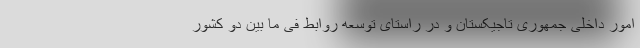
امور داخلی جمهوری تاجیکستان و در راستای توسعه روابط فی ما بین دو کشور